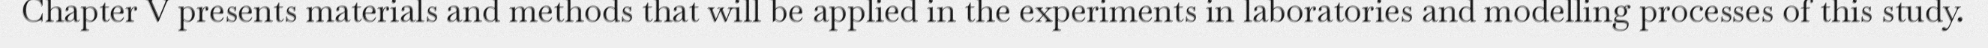
Chapter V presents materials and methods that will be applied in the experiments in laboratories and modelling processes of this study.